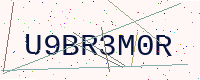
Text: U9BR3M0R